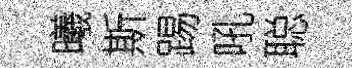
曦斯踢吼聪